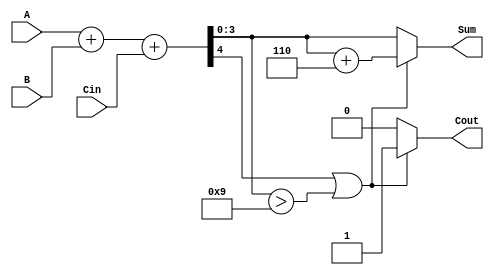
module bcd_hybrid_adder (
    input  [3:0] A,       // First BCD digit input
    input  [3:0] B,       // Second BCD digit input
    input        Cin,      // Carry input
    output reg [3:0] Sum,  // BCD sum output
    output reg Cout        // Carry output
);

    wire [4:0] binary_sum; // 5-bit wire to hold binary sum
    wire correction_needed; // Signal to indicate if correction is needed

    // Step 1: Binary Addition
    assign binary_sum = A + B + Cin; // Perform binary addition

    // Step 2: Check if correction is needed
    assign correction_needed = (binary_sum[4] || (binary_sum[3:0] > 4'd9));

    // Step 3: BCD Correction Logic
    always @(*) begin
        if (correction_needed) begin
            Sum = binary_sum[3:0] + 4'd6; // Add correction value of 6
            Cout = 1'b1;                  // Set carry output
        end else begin
            Sum = binary_sum[3:0];        // No correction needed
            Cout = 1'b0;                  // Clear carry output
        end
    end

endmodule